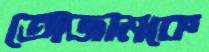
তোজামকে